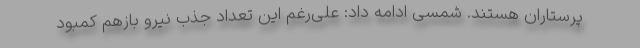
پرستاران هستند. شمسی ادامه داد: علی‌رغم این تعداد جذب نیرو بازهم کمبود